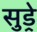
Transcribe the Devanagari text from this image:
सुड्रे